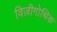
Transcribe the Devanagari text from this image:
विज़ीगोथिक